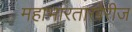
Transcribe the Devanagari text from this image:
महाभारताखेरीज